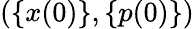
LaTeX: (\{ x(0)\} ,\{ p(0)\} )